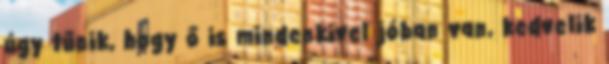
úgy tűnik, hogy ő is mindenkivel jóban van, kedvelik